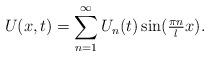
LaTeX: \begin{align*} U(x, t) = \sum_{n = 1}^{\infty} U_{n}(t) \sin(\tfrac{\pi n}{l} x). \end{align*}